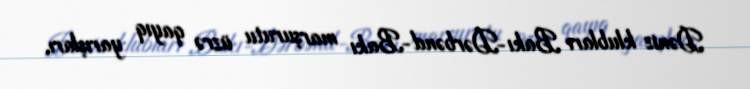
Dəniz klubları Bakı-Dərbənd-Bakı marşurutu üzrə qayıq yarışları,